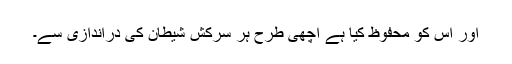
اور اس کو محفوظ کیا ہے اچھی طرح ہر سرکش شیطان کی دراندازی سے۔